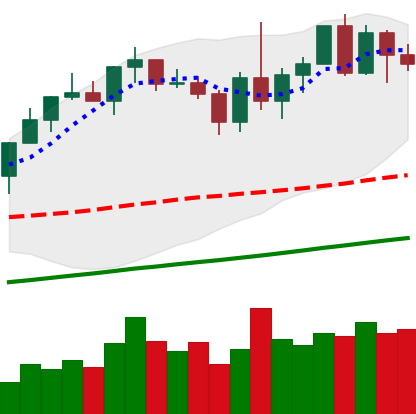
Ticker: XMR-USD
Chart end date: 2020-12-30
Forward return: -16.17%
Label: down_7plus